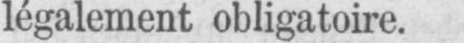
légalement obligatoire.